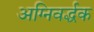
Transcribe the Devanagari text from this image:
अग्निवर्द्धक